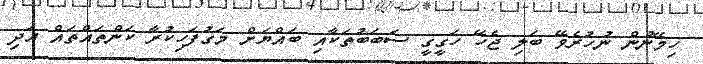
ހިމޭނުން ނުހުރެވޭ ބަލި ޖެހޭ ހަގީގީ ސަބަބުތަކާއި ބައްޔަށް މަގުފަހިކުރާ ކަންތައްތައް އަދި